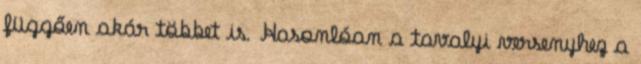
függően akár többet is. Hasonlóan a tavalyi versenyhez a